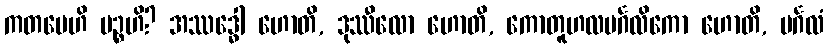
ကတမေဟိ ပဉ္စဟိ? အဿဒ္ဓေါ ဟောတိ, ဒုဿီလော ဟောတိ, ကောတူဟလမင်္ဂလိကော ဟောတိ, မင်္ဂလံ